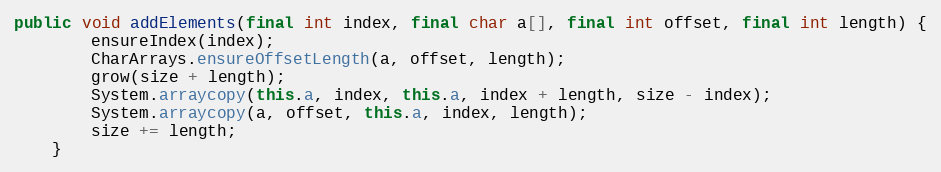
Language: Java
public void addElements(final int index, final char a[], final int offset, final int length) {
        ensureIndex(index);
        CharArrays.ensureOffsetLength(a, offset, length);
        grow(size + length);
        System.arraycopy(this.a, index, this.a, index + length, size - index);
        System.arraycopy(a, offset, this.a, index, length);
        size += length;
    }